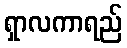
ရှာလကာရည်